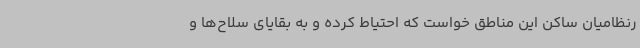
رنظامیان ساکن این مناطق خواست که احتیاط کرده و به بقایای سلاح‌ها و